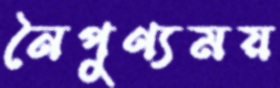
নৈপুণ্যময়